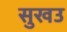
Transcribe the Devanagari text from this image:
सुखउ